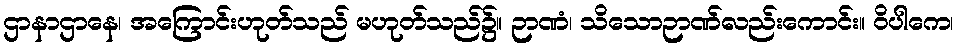
ဌာနာဌာနေ၊ အကြောင်းဟုတ်သည် မဟုတ်သည်၌။ ဉာဏံ၊ သိသောဉာဏ်လည်းကောင်း။ ဝိပါကေ၊